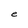
Character: e